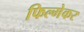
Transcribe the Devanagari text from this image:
फिल्मेकर